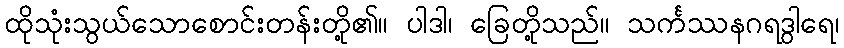
ထိုသုံးသွယ်သောစောင်းတန်းတို့၏။ ပါဒါ၊ ခြေတို့သည်။ သင်္ကဿနဂရဒွါရေ၊